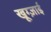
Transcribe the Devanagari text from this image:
खूग्ज़ाई